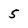
Character: 5